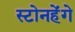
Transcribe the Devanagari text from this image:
स्टोनहेंगे